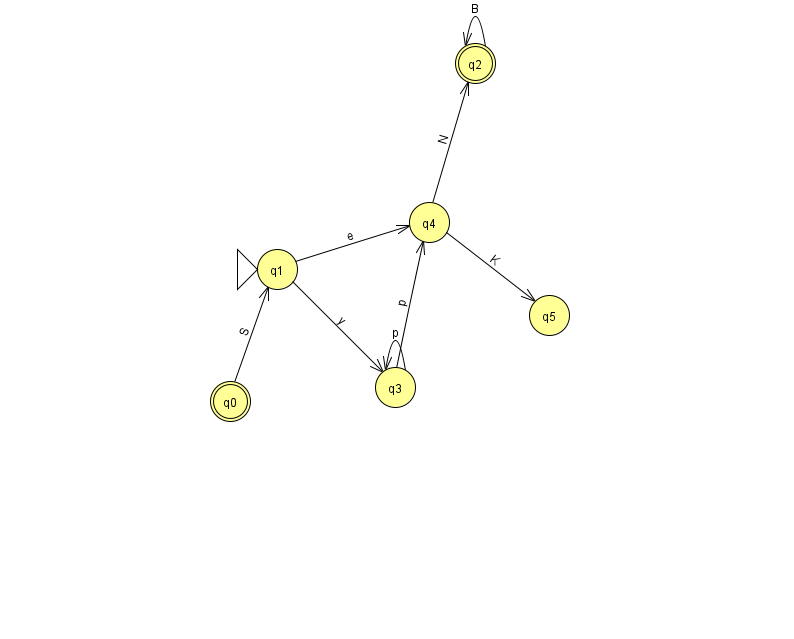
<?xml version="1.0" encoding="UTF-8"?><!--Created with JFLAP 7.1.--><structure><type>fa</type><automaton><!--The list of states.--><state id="0" name="q0"><x>230.0</x><y>388.0</y><final/></state><state id="1" name="q1"><x>277.0</x><y>256.0</y><initial/></state><state id="2" name="q2"><x>475.0</x><y>50.0</y><final/></state><state id="3" name="q3"><x>395.0</x><y>374.0</y></state><state id="4" name="q4"><x>429.0</x><y>209.0</y></state><state id="5" name="q5"><x>549.0</x><y>302.0</y></state><!--The list of transitions.--><transition><from>3</from><to>3</to><read>p</read></transition><transition><from>1</from><to>3</to><read>y</read></transition><transition><from>1</from><to>4</to><read>e</read></transition><transition><from>4</from><to>5</to><read>K</read></transition><transition><from>2</from><to>2</to><read>B</read></transition><transition><from>0</from><to>1</to><read>S</read></transition><transition><from>4</from><to>2</to><read>N</read></transition><transition><from>3</from><to>4</to><read>p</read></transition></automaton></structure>